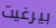
بيرغيت